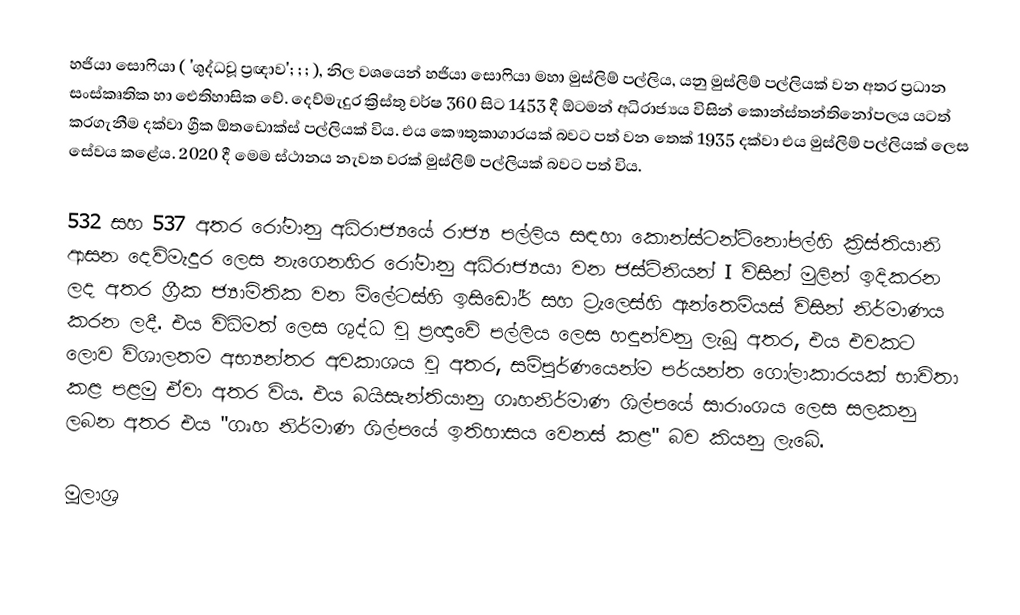
හජියා සොෆියා ( 'ශුද්ධවූ ප්‍රඥාව'; ; ; ), නිල වශයෙන් හජියා සොෆියා මහා මුස්ලිම් පල්ලිය, යනු මුස්ලිම් පල්ලියක් වන අතර ප්‍රධාන සංස්කෘතික හා ඓතිහාසික වේ. දෙව්මැදුර ක්‍රිස්තු වර්ෂ 360 සිට 1453 දී ඕටමන් අධිරාජ්‍යය විසින් කොන්ස්තන්තිනෝපලය යටත් කරගැනීම දක්වා ග්‍රීක ඕතඩොක්ස් පල්ලියක් විය. එය කෞතුකාගාරයක් බවට පත් වන තෙක් 1935 දක්වා එය මුස්ලිම් පල්ලියක් ලෙස සේවය කළේය. 2020 දී මෙම ස්ථානය නැවත වරක් මුස්ලිම් පල්ලියක් බවට පත් විය.

532 සහ 537 අතර රෝමානු අධිරාජ්‍යයේ රාජ්‍ය පල්ලිය සඳහා කොන්ස්ටන්ටිනෝපල්හි ක්‍රිස්තියානි ආසන දෙව්මැදුර ලෙස නැගෙනහිර රෝමානු අධිරාජ්‍යයා වන ජස්ටිනියන් I විසින් මුලින් ඉදිකරන ලද අතර ග්‍රීක ජ්‍යාමිතික වන මිලේටස්හි ඉසිඩෝර් සහ ට්‍රැලෙස්හි ඇන්තෙමියස් විසින් නිර්මාණය කරන ලදී. එය විධිමත් ලෙස ශුද්ධ වූ ප්‍රඥාවේ පල්ලිය ලෙස හඳුන්වනු ලැබූ අතර, එය එවකට ලොව විශාලතම අභ්‍යන්තර අවකාශය වූ අතර, සම්පුර්ණයෙන්ම පර්යන්ත ගෝලාකාරයක් භාවිතා කළ පළමු ඒවා අතර විය. එය බයිසැන්තියානු ගෘහනිර්මාණ ශිල්පයේ සාරාංශය ලෙස සලකනු ලබන අතර එය "ගෘහ නිර්මාණ ශිල්පයේ ඉතිහාසය වෙනස් කළ" බව කියනු ලැබේ.

මූලාශ්‍ර